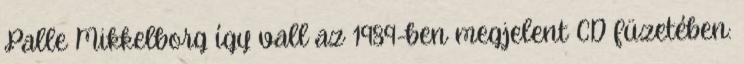
Palle Mikkelborg így vall az 1989-ben megjelent CD füzetében: